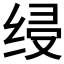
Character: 𰬞